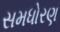
સમધોરણ